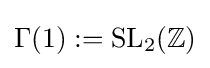
\Gamma (1):=\mathrm {SL} _{2}(\mathbb {Z} )